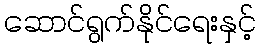
ဆောင်ရွက်နိုင်ရေးနှင့်